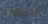
الخصوبة